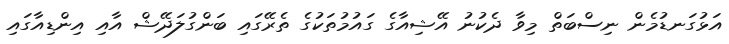
އަޅުގަނޑުމެން ނިސްބަތް މިވާ ދެކުނު އޭޝިއާގެ ގައުމުތަކުގެ ތެރޭގައި ބަންގުލަދޭޝް އާއި އިންޑިއާގައި